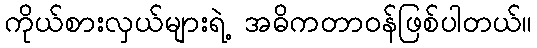
ကိုယ်စားလှယ်များရဲ့ အဓိကတာဝန်ဖြစ်ပါတယ်။